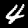
Label: 4